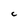
Character: C